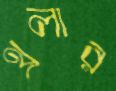
থ্রলার